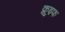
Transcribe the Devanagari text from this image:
क्रुइफ